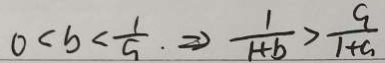
0 < b < \frac { 1 } { a } . \Rightarrow \frac { 1 } { 1 + b } > \frac { a } { 1 + a }